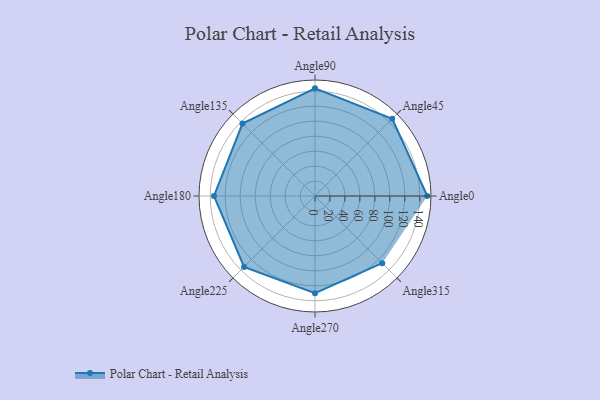
{"axis": {"x": "Angle", "y": "Radius"}, "legend": [""], "data": [{"x": "Angle0", "y": 150.0, "type": ""}, {"x": "Angle45", "y": 146.0, "type": ""}, {"x": "Angle90", "y": 144.0, "type": ""}, {"x": "Angle135", "y": 137.0, "type": ""}, {"x": "Angle180", "y": 135.0, "type": ""}, {"x": "Angle225", "y": 134.0, "type": ""}, {"x": "Angle270", "y": 130.0, "type": ""}, {"x": "Angle315", "y": 127.0, "type": ""}]}